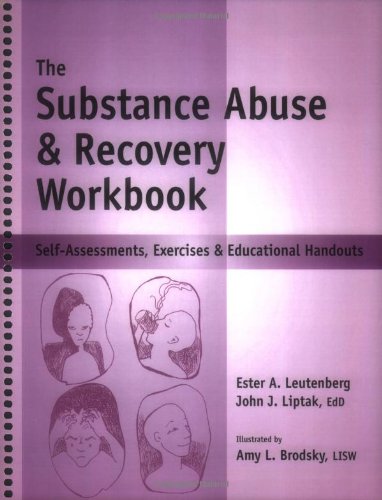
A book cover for Substance Abuse & Recovery Workbook (The) - Self-Assessments, Exercises & Educational Handouts; John J Liptak; Health, Fitness & Dieting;